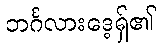
ဘင်္ဂလားဒေ့ရှ်၏